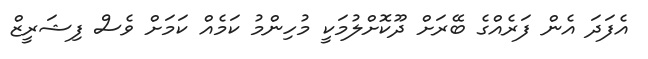
އެފަދަ އެން ފަރެއްގެ ބޭރަށް ދޫކޮށްލުމަކީ މުހިންމު ކަމެއް ކަމަށް ވެސް ފިޝަރީޒް